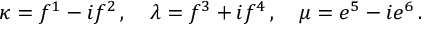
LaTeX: \kappa = f ^ { 1 } - i f ^ { 2 } \, , \quad \lambda = f ^ { 3 } + i f ^ { 4 } \, , \quad \mu = e ^ { 5 } - i e ^ { 6 } \, .